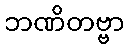
ဘဏိတဗ္ဗာ